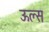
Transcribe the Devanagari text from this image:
ऊल्स